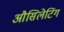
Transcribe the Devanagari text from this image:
औसिलेटिंग